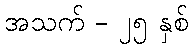
အသက် - ၂၅ နှစ်